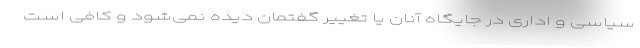
سیاسی و اداری در جایگاه آنان یا تغییر گفتمان دیده نمی‌شود و کافی است